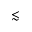
\lesssim